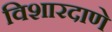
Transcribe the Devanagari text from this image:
विशारदाणे